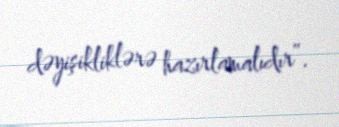
dəyişikliklərə hazırlamalıdır”.